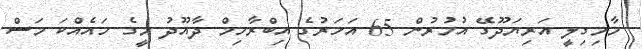
މާމިގިލީ އަރިޔަދޫގޭ އުމުރުން 65 އަހަރުގެ އިބްރާހިމް ދާއޫދު މީގެ ހައެއްކަ މަސް